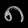
Digit: ၈